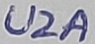
Text: U2A